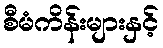
စီမံကိန်းများနှင့်